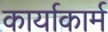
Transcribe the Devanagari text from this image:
कार्याकार्म